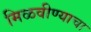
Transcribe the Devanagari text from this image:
मिळवीण्याचा